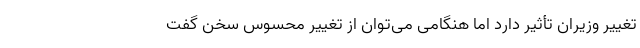
تغییر وزیران تأثیر دارد اما هنگامی می‌توان از تغییر محسوس سخن گفت